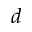
d